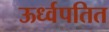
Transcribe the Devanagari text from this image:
ऊर्ध्वपतित